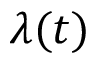
\lambda ( t )